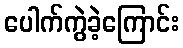
ပေါက်ကွဲခဲ့ကြောင်း